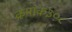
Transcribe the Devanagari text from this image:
क्रमांक३०८